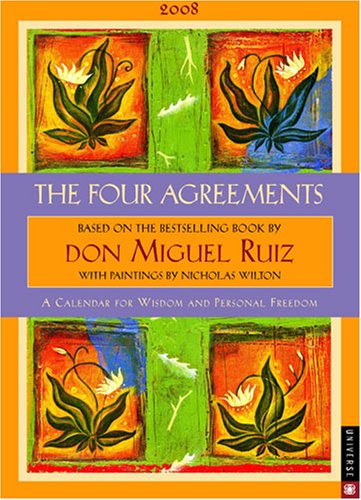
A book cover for The Four Agreements: 2008 Engagment Calendar for Wisdom and Personal Freedom; LLC Andrews McMeel Publishing; Calendars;